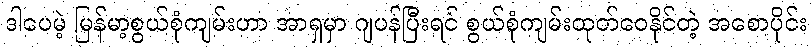
ဒါပေမဲ့ မြန်မာ့စွယ်စုံကျမ်းဟာ အာရှမှာ ဂျပန်ပြီးရင် စွယ်စုံကျမ်းထုတ်ဝေနိုင်တဲ့ အစောပိုင်း